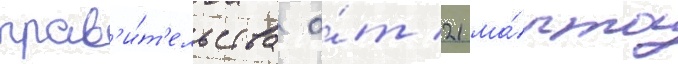
прав'и́т'ельства о́т 21 ма́рта